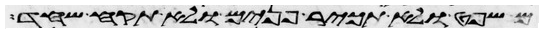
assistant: משפט ולא תכיר פנים ולא תקח שחד